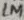
Text: 1M